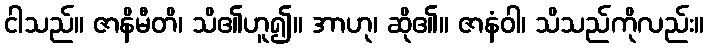
ငါသည်။ ဇာနိမီတိ၊ သိ၏ဟူ၍။ အာဟု၊ ဆို၏။ ဇာနံဝါ၊ သိသည်ကိုလည်း။